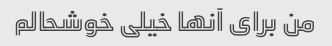
من برای آنها خیلی خوشحالم